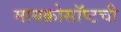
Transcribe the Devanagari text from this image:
मायक्रोसॉप्टची